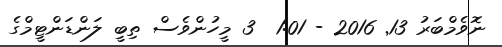
ނޮވެމްބަރު 13